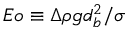
E o \equiv \Delta \rho g d _ { b } ^ { 2 } / \sigma